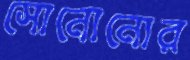
সোনোনোর